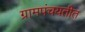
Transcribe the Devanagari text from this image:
ग्रामपंचयतीत